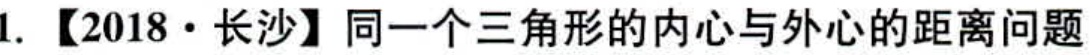
1. 【2018·长沙】同一个三角形的内心与外心的距离问题